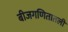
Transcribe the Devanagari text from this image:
बीजगणितातली